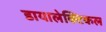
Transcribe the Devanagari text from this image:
डायालेक्टिकल